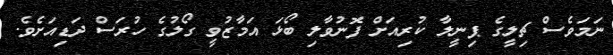
ނަމަވެސް ޗިލީގެ ޕިނީލާ ކުރިއަށް ފޮނުވާލި ބޯޅަ އަމާޒުވީ ގޯލުގެ ހުރަސް ދަޑިއަށެވެ.